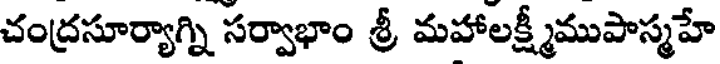
చంద్రసూర్యాగ్ని సర్వాభాం శ్రీ మహాలక్ష్మీముపాస్మహే